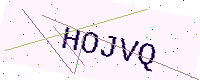
Text: HOJVQ